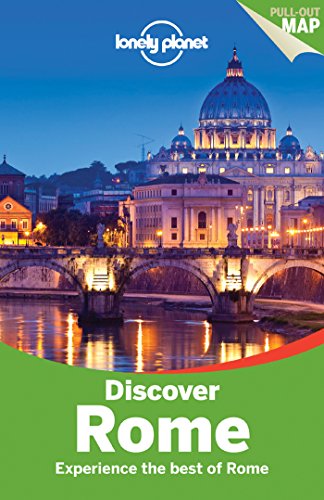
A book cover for Lonely Planet Discover Rome (Travel Guide); Lonely Planet; Travel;